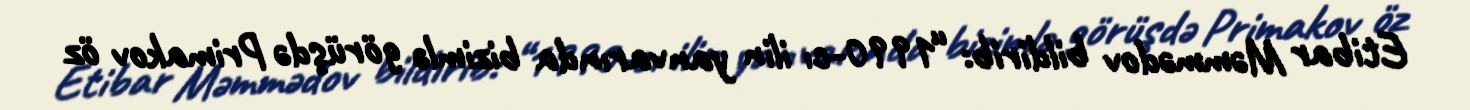
Etibar Məmmədov bildirib: “1990-cı ilin yanvarında bizimlə görüşdə Primakov öz